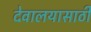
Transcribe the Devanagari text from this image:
देवालयासाठी